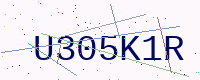
Text: U305K1R